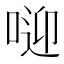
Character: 𠶐